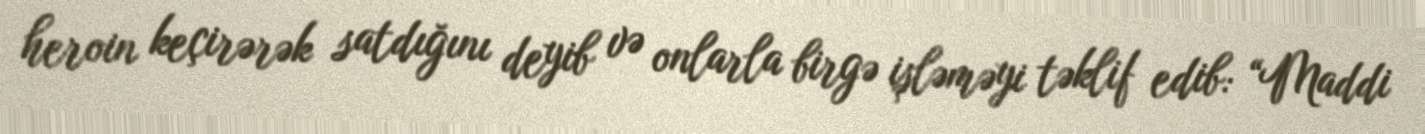
heroin keçirərək satdığını deyib və onlarla birgə işləməyi təklif edib: “Maddi